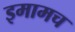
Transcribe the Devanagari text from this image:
इमामच